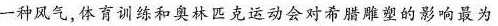
一种风气，体育训练和奥林匹克运动会对希腊雕塑的影响最为